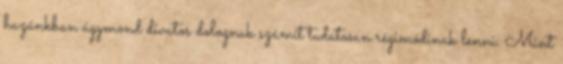
hazánkban úgymond divatos dolognak számít tudatosan régimódinak lenni. Mint